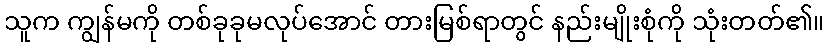
သူက ကျွန်မကို တစ်ခုခုမလုပ်အောင် တားမြစ်ရာတွင် နည်းမျိုးစုံကို သုံးတတ်၏။